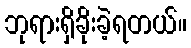
ဘုရားရှိခိုးခဲ့ရတယ်။